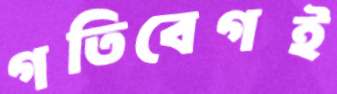
গতিবেগই